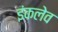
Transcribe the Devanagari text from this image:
इंकलेव